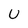
Character: U